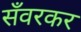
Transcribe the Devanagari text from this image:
सँवरकर